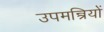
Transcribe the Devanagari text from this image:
उपमन्त्रियों